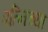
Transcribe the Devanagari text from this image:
पत्निच्या